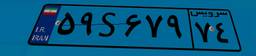
۵۲S۱۶۹۱۶